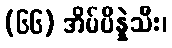
(၆၆) အိမ်ပိန္နဲသီး၊